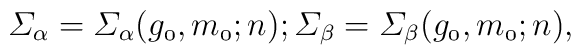
\mit\Sigma_{\alpha}=\mit\Sigma_{\alpha}(g_{0},m_{0};n);\mit\Sigma_{\beta}=\mit\Sigma_{\beta}(g_{0},m_{0};n),